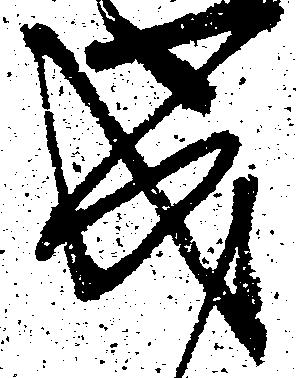
成